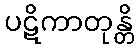
ပဋိကာတုန္တိ